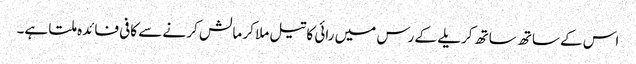
اس کے ساتھ ساتھ کریلے کے رس میں رائی کا تیل ملا کر مالش کر نے سے کافی فائدہ ملتا ہے۔